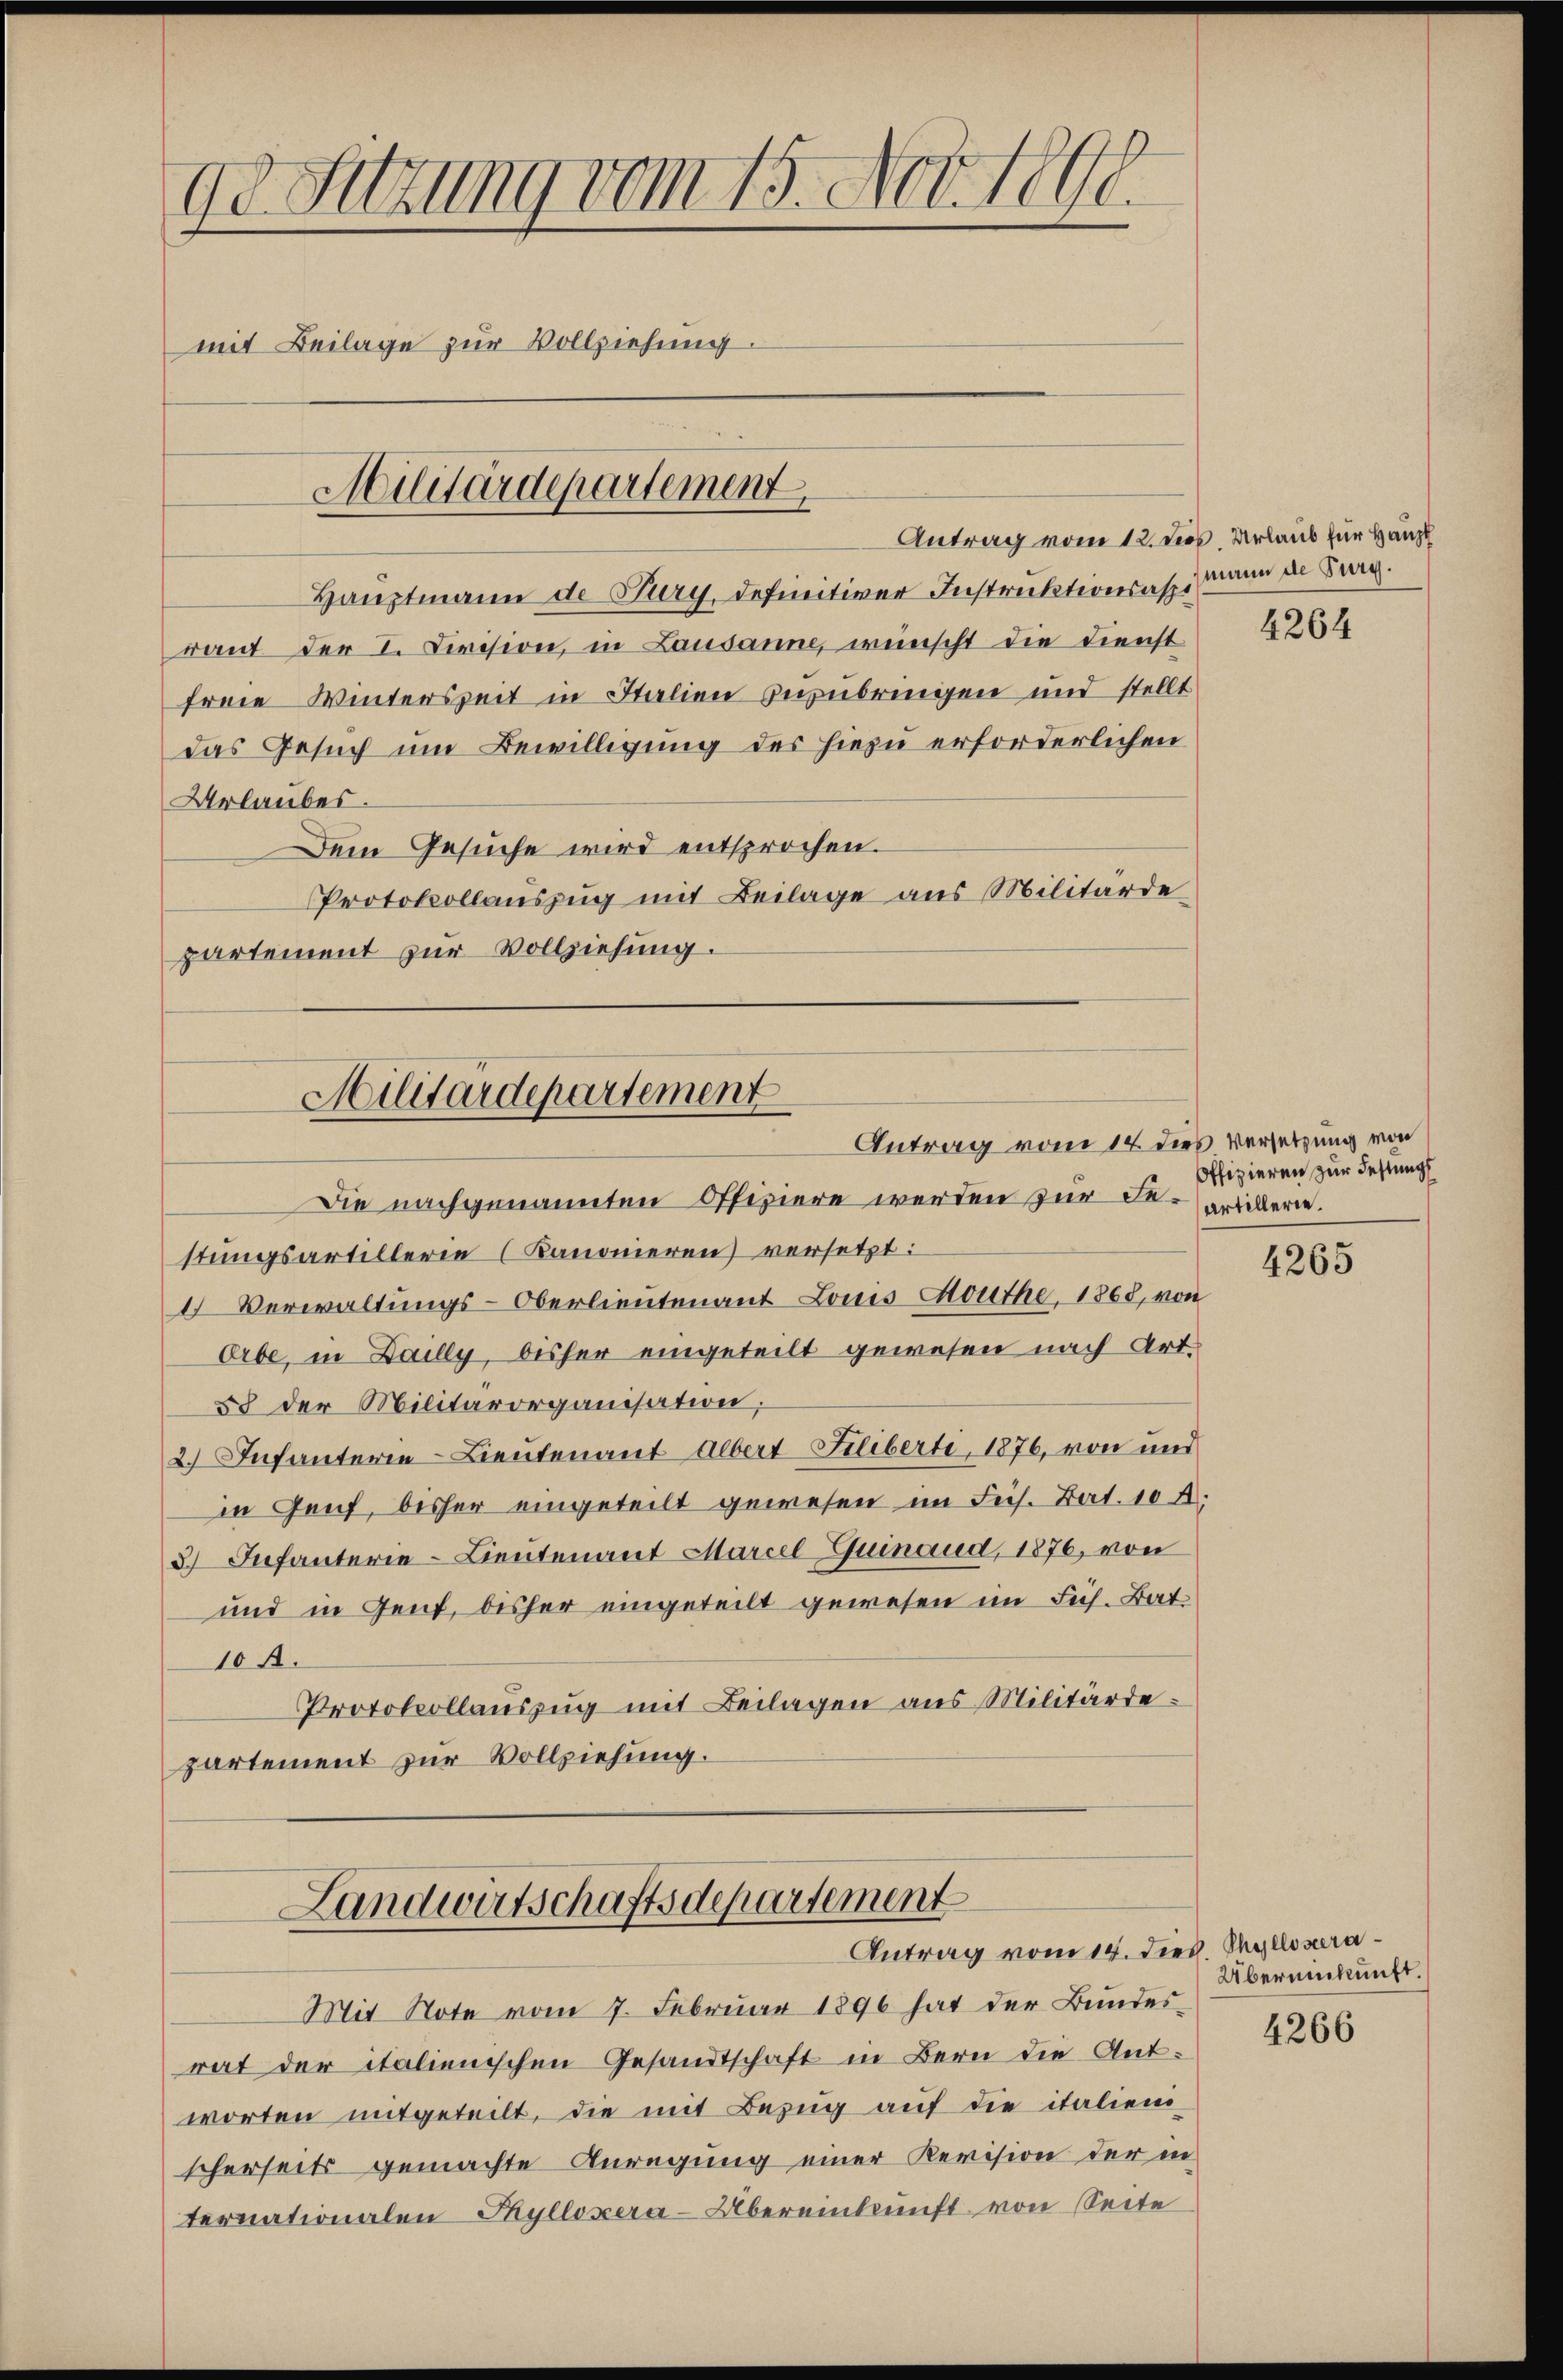
9o Sitzung vom 15. Nov. 1891.
mit Beilage zur Vollziehung.

Antrag vom 12. dies Urlaub für Haupt
Hauptmann de Jury, definitiver Instruktionsasse
raut der I. Civision, in Lausanne, wünscht die Dienst
freie Winterszeit in Italien zurubringen und stellt
das Gesuch um Bewilligung des hiezu erforderlichen
Urlaubes.
Dem Gesuche wird entsprochen.
Protokollauszug mit Beilage aus Militärde
partement zur Vollziehung.

Militärdepartement

Die nachgenannten Offiziere werden zur derartiere.
stungsartillerie (Kanonieren versetzt:
4 Verwaltungs-Oberlieutenant Louis Southe, 1868, von
Orbe, in Dailly, bisher eingeteilt gewesen nach Art.
58 der Militärorganisation.
2. Infanterie-Lieutenant Albert Filiberte, 1876, von und
in Genf, bisher eingeteilt gewesen im Fech. Bat. 10 A.
3) Infanterie-Lieutenant Marcel-Guinaud, 1876, von
und in Gent, bisher eingeteilt gewesen im Fech. Bat
10.
Protokollauszug mit Beilagen aus Militärdepartement zur Vollziehung.

Militärdepartement
Antrag vom 14. dies versetzung von

Landwirtschaftsdepartement
Antrag vom 14. Dies. Phyllosera

worten mitgeteilt, die mit Bezug auf die italienischerseits gemachte Anregung einer Revision der in
ternationalen Tyllozera-Übereinkunft von Seite

Mit Note vom 7. Februar 1896 hat der Bundes
rat der italienischen Gesandtschaft in Bern die Ant¬

mann de Burg.

4264

Offizieren zur Festungs

4265

Übereinkunft.

4266